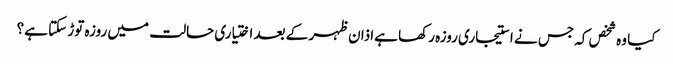
کیا وہ شخص کہ جس نے استیجاری روزہ رکھا ہےاذان ظہر کے بعد اختیاری حالت میں روزہ توڑ سکتا ہے؟